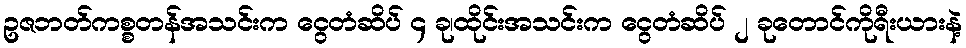
ဥဇဘတ်ကစ္စတန်အသင်းက ငွေတံဆိပ် ၄ ခု၊ထိုင်းအသင်းက ငွေတံဆိပ် ၂ ခုတောင်ကိုရီးယားနဲ့